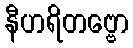
နီဟရိတဗ္ဗော